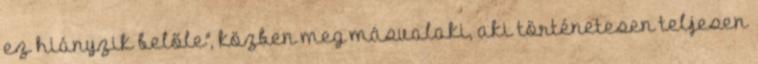
ez hiányzik belőle", közben meg másvalaki, aki történetesen teljesen